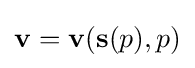
{\bf {v}}={\bf {v}}({\bf {s}}(p),p)